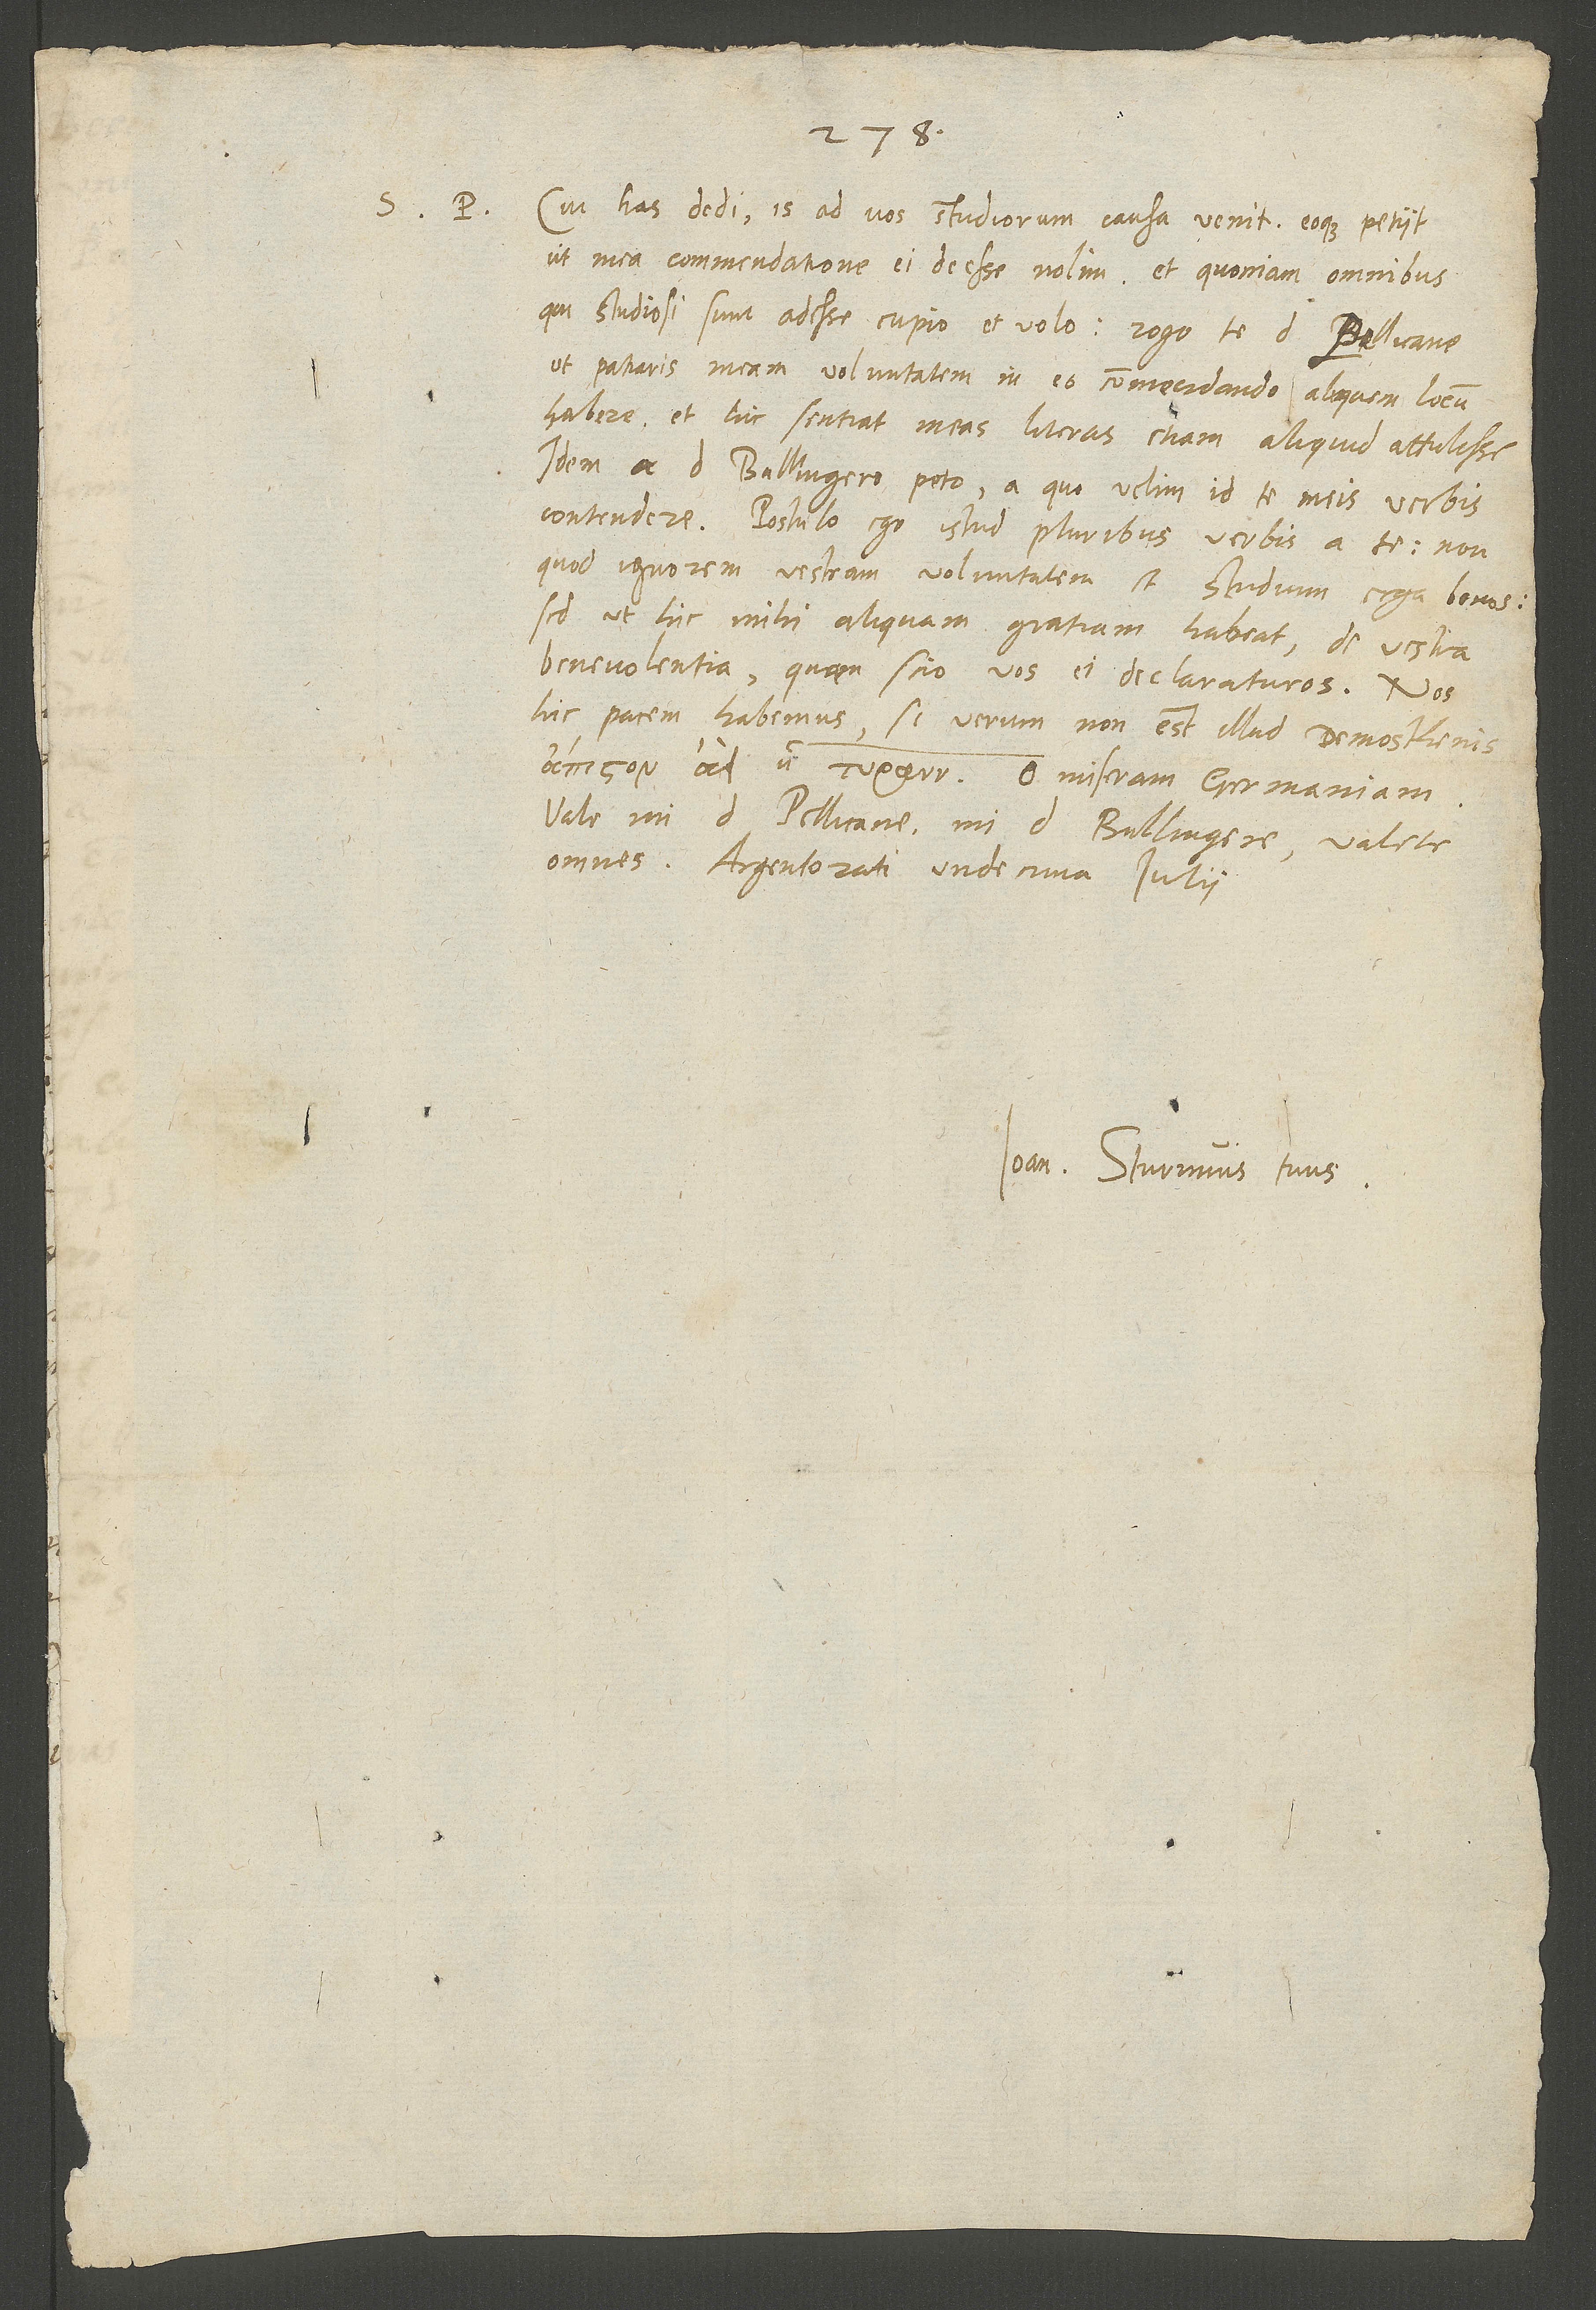
S. P. Cui has dedi, is ad vos studiorum causa venit eoque petiit,
ut mea commendatione ei deesse nolim. Et quoniam omnibus,
qui studiosi sunt, adesse cupio et volo, rogo te, d. Pellicane,
ut patraris meam voluntatem in eo commendando aliquem locum
habere, et hic sentiat meas literas etiam aliquid attulisse.
Idem a d. Bullingero peto, a quo velim id te meis verbis
contendere. Postulo ego istud pluribus verbis a te, non
quod ignorem vestram voluntatem et studium erga bonos,
sed ut hic mihi aliquam gratiam habeat de vestra
benevolentia, quam scio vos ei declaraturos.
hic pacem habemus, si verum non est illud Demosthenis:
Vale, mi d. Pellicane, mi d. Bullingere! Valete
omnes. Argentorati, undecima iulii.
Ioan. Sturmius tuus.